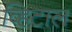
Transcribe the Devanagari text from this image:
व्हिटाल